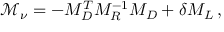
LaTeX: \mathcal { M } _ { \nu } = - M _ { D } ^ { T } M _ { R } ^ { - 1 } M _ { D } + \delta M _ { L } \, ,